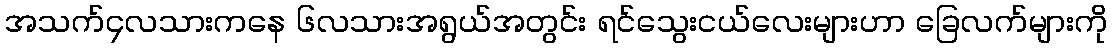
အသက်၄လသားကနေ ၆လသားအရွယ်အတွင်း ရင်သွေးငယ်လေးများဟာ ခြေလက်များကို